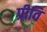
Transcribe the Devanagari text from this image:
प्रीवि